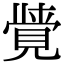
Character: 𮗖